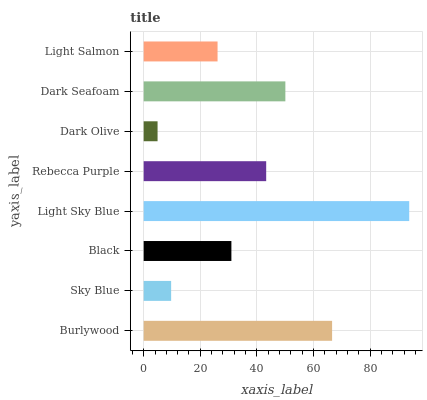
| yaxis_label | bars |
 | --- | --- |
 | Burlywood | 66.5 |
 | Sky Blue | 9.7 |
 | Black | 31 |
 | Light Sky Blue | 93.8 |
 | Rebecca Purple | 43.3 |
 | Dark Olive | 4.91 |
 | Dark Seafoam | 50 |
 | Light Salmon | 26.1 |